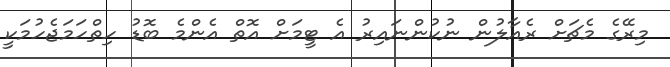
މިރޭގެ މެޗަށް ރެއާލުން ނުކުންނައިރު އެ ޓީމަށް އޮތް އެންމެ ބޮޑު ހިތްހަމަޖެހުމަކީ